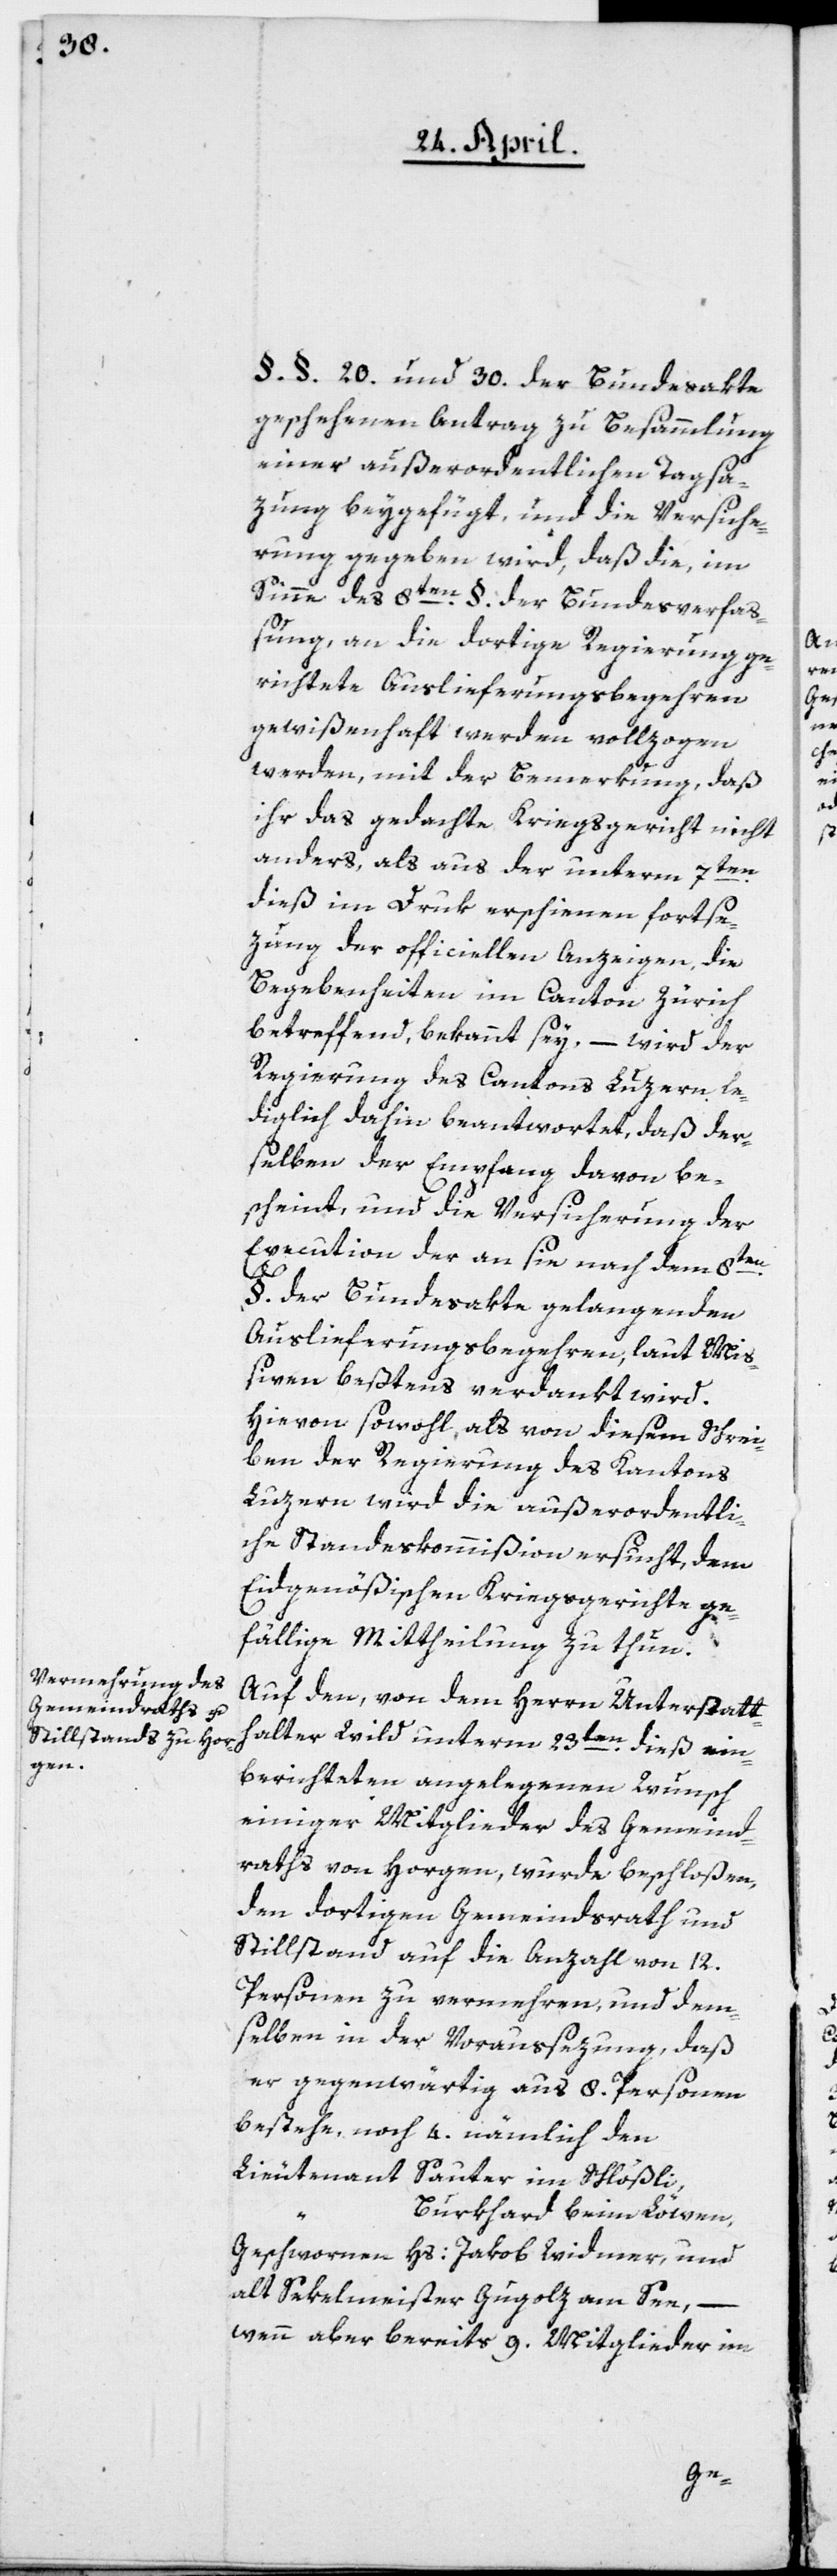
§.§. 20. und 30. der Bundesakte
geschehenen Antrag zu Besammlung
einer außerordentlichen Tagsa¬
zung beygefügt, und die Versiche¬
rung gegeben wird, daß die, im
Sinne des 8ten §. der Bundesverfaß¬
ung an die dortige Regierung ge¬
richtete Auslieferungsbegehren
gewißenhaft werden vollzogen
werden, mit der Bemerkung, daß
ihr das gedachte Kriegsgericht nicht
anders, als aus der unterm 7ten
dieß im Druk erschienen forstse¬
zung der officiellen Anzeigen, die
Begebenheiten im Canton Zürich
betreffend, bekannt sey, – wird der
Regierung des Cantons Luzern le¬
diglich dahin beantwortet, daß der¬
selben der Empfang davon be¬
scheint, und die Versicherung der
Execution der an sie nach dem 8ten
§ der Bundesakte gelangenden
Auslieferungsbegehren, laut Miß¬
iven, beßtens verdankt wird.
Hievon sowohl als von diesem Schrei¬
ben der Regierung des Kantons
Luzern wird die außerordentli¬
che Standeskommißion ersucht, dem
Eidgenößischen Kriegsgerichte ge¬
fällige Mittheilung zu thun.
Auf den, von dem Herrn Unterstatt¬
halter Wild unterm 23ten dieß ein¬
berichteten angelegenen Wunsch
einiger Mitglieder des Gemeind¬
raths von Horgen, wurde beschloßen,
den dortigen Gemeindsrath und
Stillstand auf die Anzahl von 12.
Personen zu vermehren, und dem¬
selben in der Voraussezung, daß
er gegenwärtig aus 8. Personen
bestehe, noch 4. nämlich den
Lieutenant Sauter im Schlößli,
Burkhard beim Löwen,
Geschwornen Hs: Jakob Widmer, und
alt Sekelmeister Gugolz am See, –
wenn aber bereits 9. Mitglieder im